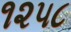
૧૨૫૮